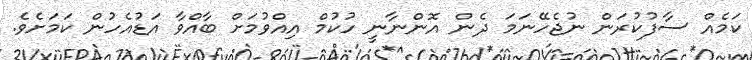
ކަމެއް ސާފުކުރަން ނުޖެހޭނަމަ ދެން އޮންނާނީ ހުކުމް އިއްވުމަށް ބާއްވާ އަޑުއެހުން ކަމަށެވެ.